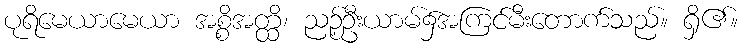
ပုရိမေယာမေယာ အစ္စိအတ္ထိ၊ ညဉ့်ဦးယာမ်၌အကြင်မီးတောက်သည်။ ရှိ၏။